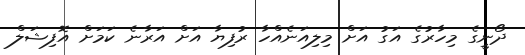
ދޯނީގެ މިހާރުގެ އަގު އަށް މިލިއަނެއްހާ ރުފިޔާ އަށް އަރާނެ ކަމަށް އޮފިޝަލް